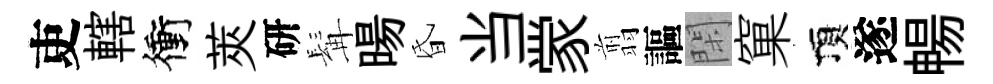
吏轄衝莢研髯暘昏当䝉翦謳閑窠頂遂暢